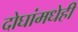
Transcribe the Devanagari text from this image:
दोघांमधेही